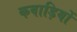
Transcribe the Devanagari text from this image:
कवाड़ियों